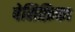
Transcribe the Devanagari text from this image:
पेसिफ़िका